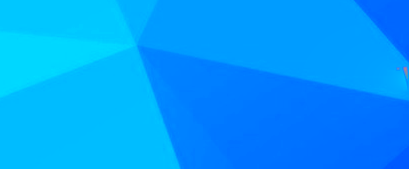
تخفيضات اليوم